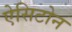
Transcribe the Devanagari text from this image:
ऐसिटोन